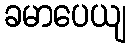
ခမာပေယျ